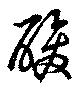
酸